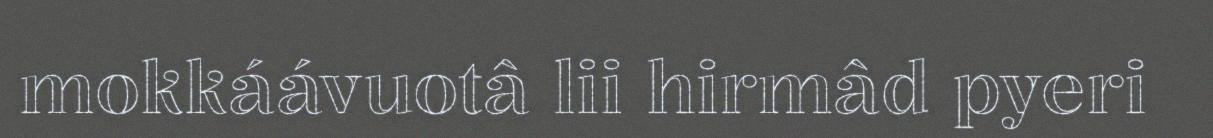
mokkáávuotâ lii hirmâd pyeri